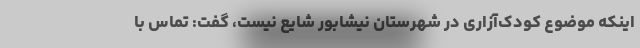
اینکه موضوع کودک‌آزاری در شهرستان نیشابور شایع نیست، گفت: تماس با